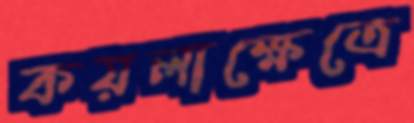
কয়লাক্ষেত্রে